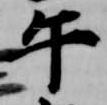
午